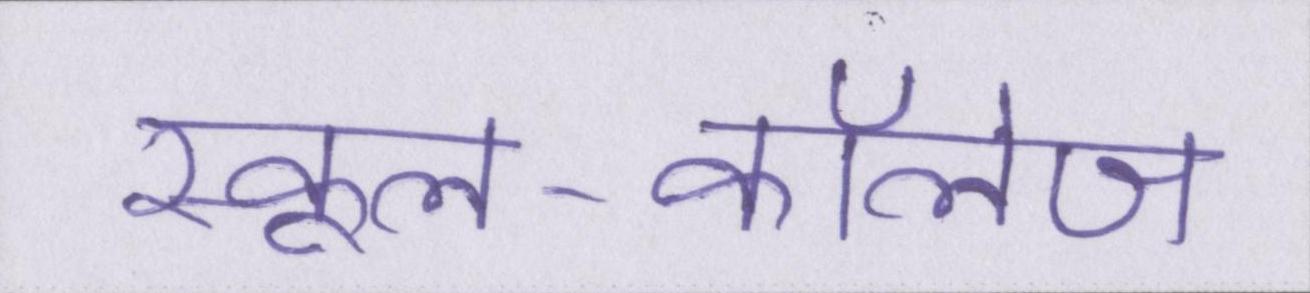
स्कूल-कॉलेज